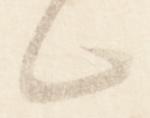
々